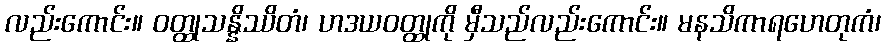
လည်းကောင်း။ ဝတ္ထုသန္နိဿိတံ၊ ဟဒယဝတ္ထုကို မှီသည်လည်းကောင်း။ မနသိကာရဟေတုကံ၊